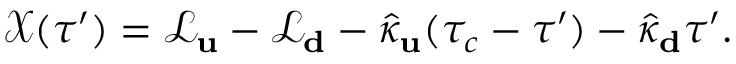
\begin{array} { r } { \mathcal { X } ( \tau ^ { \prime } ) = \mathcal { L } _ { \bf u } - \mathcal { L } _ { \bf d } - \hat { \kappa } _ { \bf u } ( \tau _ { c } - \tau ^ { \prime } ) - \hat { \kappa } _ { \bf d } \tau ^ { \prime } . } \end{array}